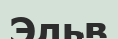
Эльв